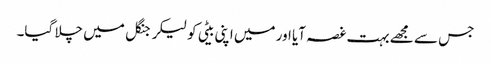
جس سے مجھے بہت غصہ آیا اور میں اپنی بیٹی کو لیکر جنگل میں چلا گیا۔